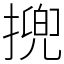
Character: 㨮